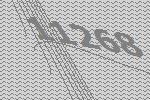
11268